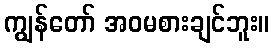
ကျွန်တော် အဝမစားချင်ဘူး။